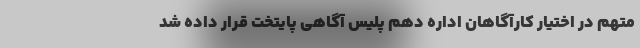
متهم در اختیار کارآگاهان اداره دهم پلیس آگاهی پایتخت قرار داده شد